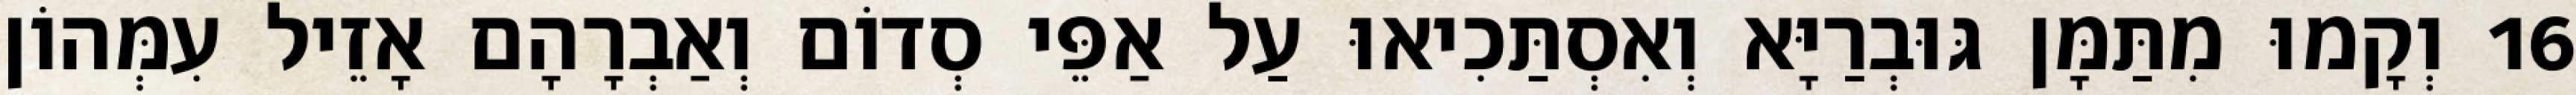
16 וְקָמוּ מִתַּמָּן גּוּבְרַיָּא וְאִסְתַּכִיאוּ עַל אַפֵּי סְדוֹם וְאַבְרָהָם אָזֵיל עִמְּהוֹן